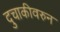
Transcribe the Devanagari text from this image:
दुचाकीवरुन